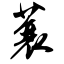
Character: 蓑